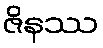
ဇိနဿ